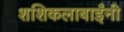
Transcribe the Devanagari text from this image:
शशिकलाबाईंनी